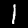
Digit: 1